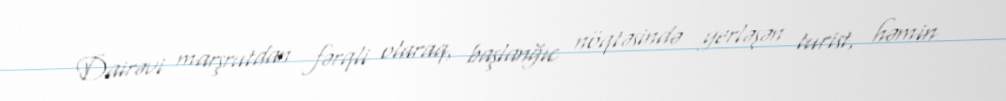
Dairəvi marşrutdan fərqli olaraq, başlanğıc nöqtəsində yerləşən turist, həmin